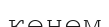
көнем